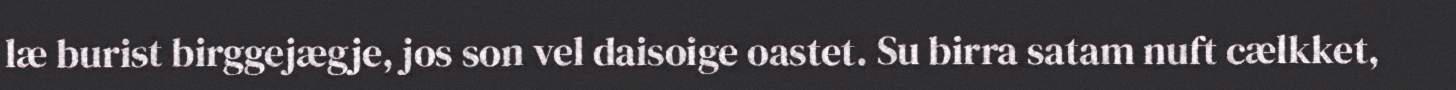
læ burist birggejægje, jos son vel daisoige oastet. Su birra satam nuft cælkket,